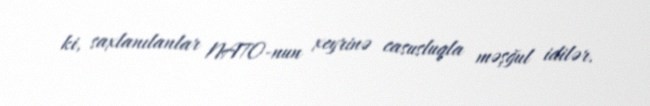
ki, saxlanılanlar NATO-nun xeyrinə casusluqla məşğul idilər.